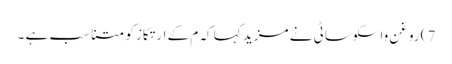
7) روغن واسکوساٹی نے مزید کہا کہ م کے ارتکاز کو متناسب ہے ۔